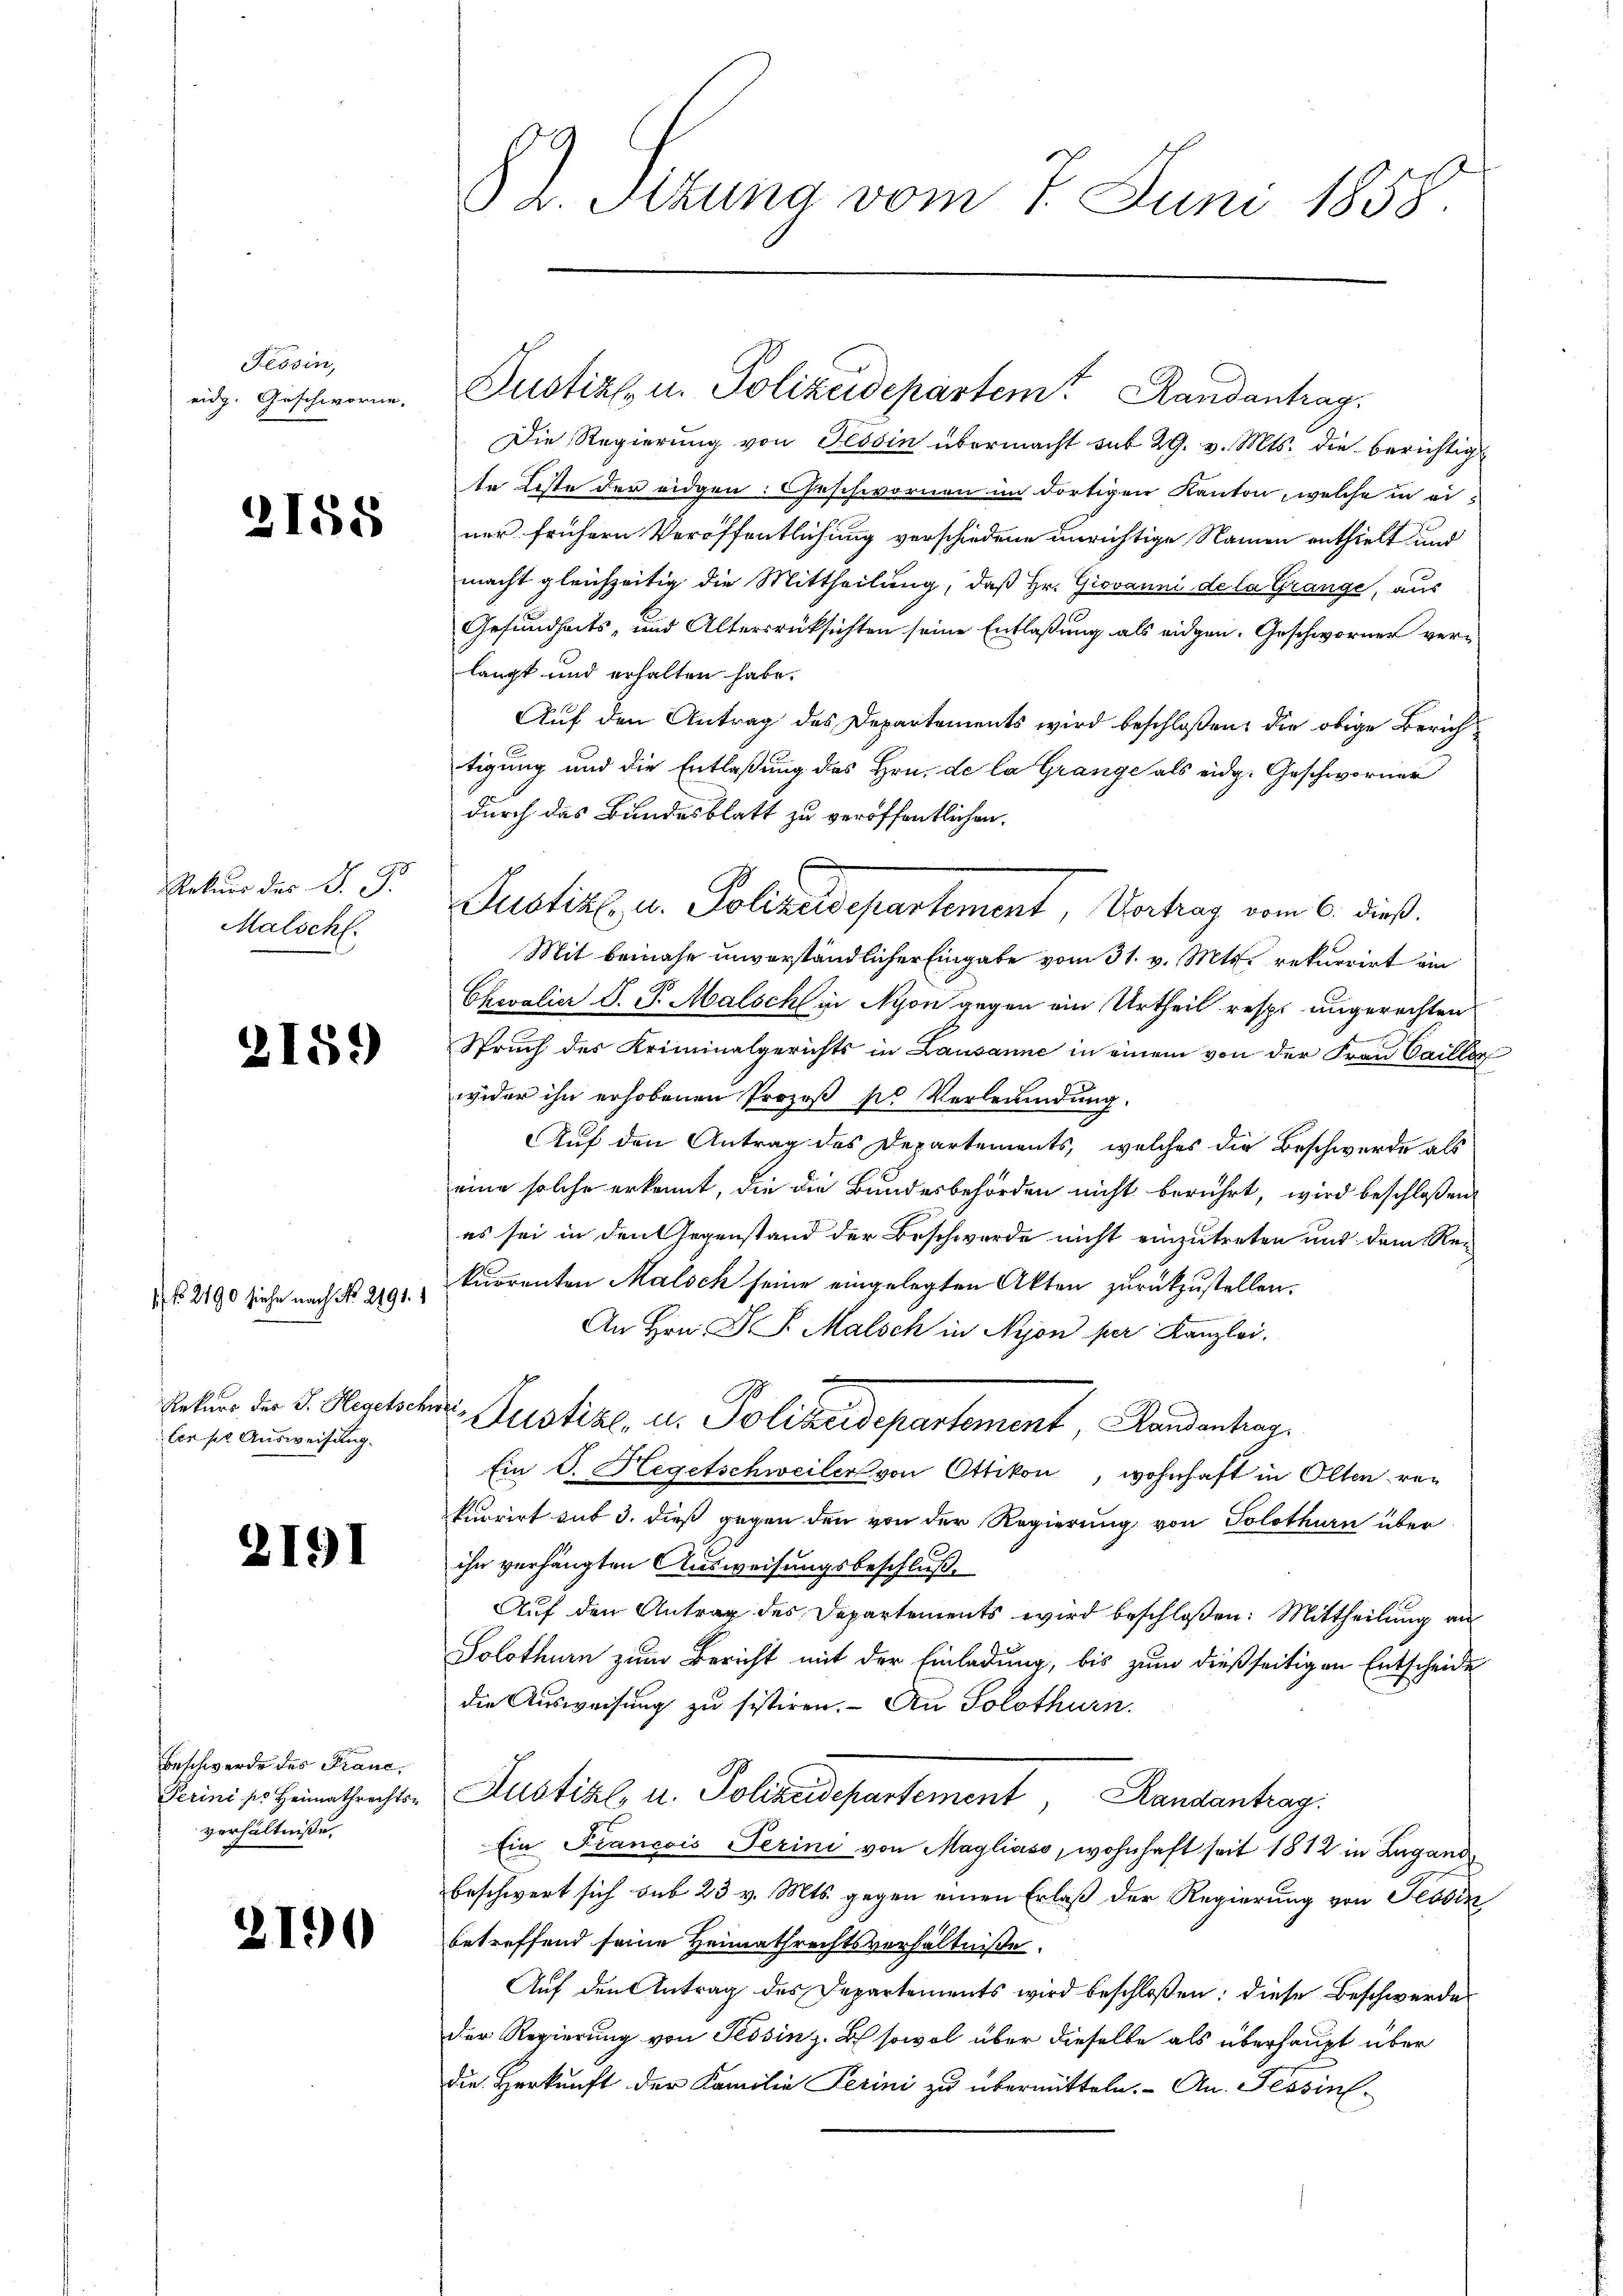
Tessin,
eidg. Geschworne

2158

Rekurs des J. J.
Malscht.

2159)

1 No 2190 siehe nach No. 2191. 1
Rekurs der J. Hegetschr
len per Ausweisung.

2191

Beschwerde des Fraue.
Perini pr Heimathrechts-
verhältniße,

2190

§ 2. Sizung vom 7. Juni 1858.

Die Regierung von Tessin übermacht mit 29. v. Mts. die berichtigt
te Liste der eidgen: Geschwornen im dortigen Kanton, welche in einer frühern Veröffentlichung verschiedene unrichtige Namen enthielt und
macht gleichzeitig die Mittheilung, daß Hr. Giovanni de la Grange, aus
Gesundheits- und Altersrücksichten seine Entlaßung als eidgen. Geschworner verlangt und erhalten habe.
Auf den Antrag des Departements wird beschloßen, die obige Zürichtigung und die Entlaßung des Hrn. de la Grange als eidg. Geschworner
durch das Bundesblatt zu veröffentlichen
Mit beinahe unverständlicher Eingabe vom 31. v. Mts. rekurrirt ein
Chevalier S. P. Malsch in Nyon gegen ein Urtheil resp. angerechten
Sprach des Kriminalgerichts in Lausanne in einem von der Frau Cailler
wider ihn erhobenen Prozeß so Verleumdung.
Auf den Antrag des Departements, welches die Beschwerde als
eine solche erkennt, die die Bundesbehörden nicht berührt, wird beschlossen:
es sei in den Gegenstand der Beschwerde nicht einzutreten und dem Re-
kurrenten Malsch seine eingelegten Akten zurückzustellen.
An Hrn. F. P. Malsch in Nyon per Kanzlei.
o
.
Justiz, u. Polizeidepartement, Handenhar
Ein S. Hegetschweiler von Ottikon, wohnhaft in Olten rekurrirt sub 3. dieß gegen den von der Regierung von Solothurn über
ihr verhängten Ausweisungsbeschluß,
Auf den Antrag des Departements wird beschloßen: Mittheilung an
Solothurn zum Bericht mit der Einladung, bis zum dießseitigen Entscheide
die Ausweisung zu sistiren. An Solothurn.
Justiz- u. Polizeidepartement, Randantrag
Ein Francois Perini von Magliaso, wohnhaft seit 1812 in Lugand
beschwert sich sub 23 v. Mts. gegen einen Erlaß der Regierung von Tessin
betreffend seine Heimathrechtsverhältnisse.
Auf den Antrag des Departements wird beschloßen: diese Beschwerdes
der Regierung von Tessin z. B. sowol über dieselbe als überhaupt über
die Herkunft der Familie Perini zu übermitteln. - An. Tessin.

Justiz, u. Polizeidepartement, Vortrag vom 6. dieß.

Justiz u. Polizeidepartem Randantrag.